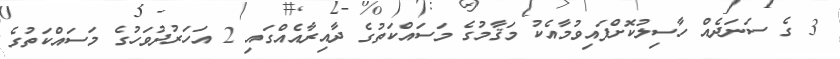
3 ގެ ސަނަދެއް ހާސިލުކޮށްފައިވުމާއެކު މަޤާމުގެ މަސައްކަތުގެ ދާއިރާއެއްގައި 2 އަހަރުދުވަހުގެ މަސައްކަތުގެ